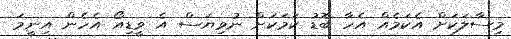
މިސާލަކަށް އެކަމެއް އެހާ ބޮޑު ކަމަކަށް ނުވިޔަސް އެ ވީޑިއޯ އެހެން އިނީމަ